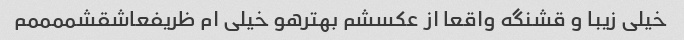
خیلی زیبا و قشنگه واقعا از عکسشم بهترهو خیلی ام ظریفعاشقشممممم